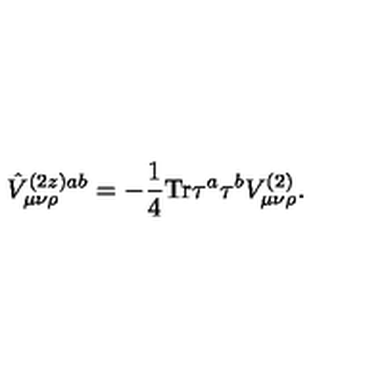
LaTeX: \hat { V } _ { \mu \nu \rho } ^ { ( 2 z ) a b } = - \frac { 1 } { 4 } \mathrm { T r } \tau ^ { a } \tau ^ { b } V _ { \mu \nu \rho } ^ { ( 2 ) } .